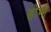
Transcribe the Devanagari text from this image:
डोमा